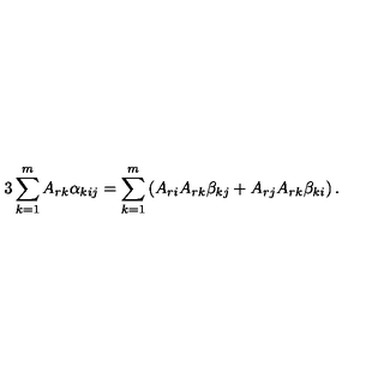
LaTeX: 3 \sum _ { k = 1 } ^ { m } A _ { r k } \alpha _ { k i j } = \sum _ { k = 1 } ^ { m } \left( A _ { r i } A _ { r k } \beta _ { k j } + A _ { r j } A _ { r k } \beta _ { k i } \right) .